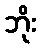
ဘိုး